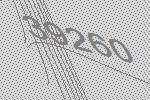
39260